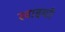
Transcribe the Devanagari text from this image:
खाइयाँ।